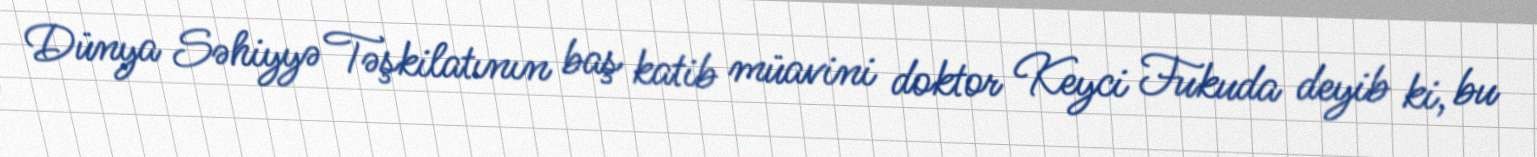
Dünya Səhiyyə Təşkilatının baş katib müavini doktor Keyci Fukuda deyib ki, bu